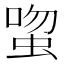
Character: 𬠉